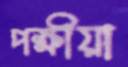
পক্ষীয়া